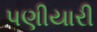
પણીયારી